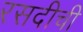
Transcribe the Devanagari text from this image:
रसदीची